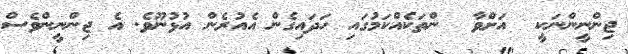
ޖިންނީންނަކީ  އަށްވާ  ންތަކެއްކަމުގައި ހަދައިގެން އެއުރެން އުޅުނޫވެ. އެ ޖިންނީންވެސް